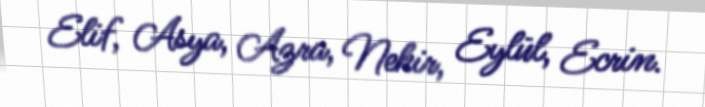
Elif, Asya, Azra, Nehir, Eylül, Ecrin.